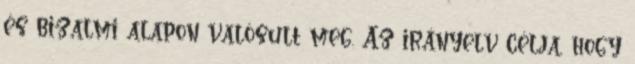
és bizalmi alapon valósult meg. Az irányelv célja, hogy